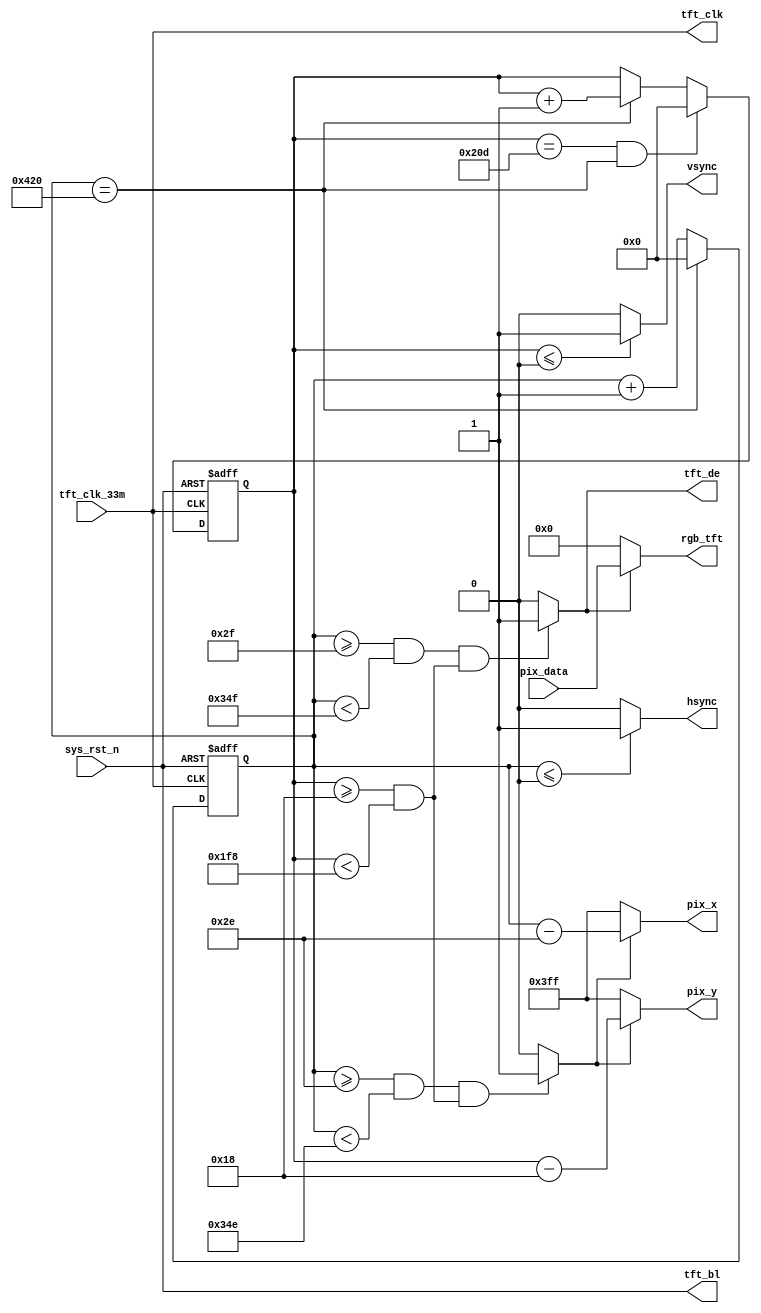
`timescale  1ns/1ns
////////////////////////////////////////////////////////////////////////
// Module Name   : tft_ctrl
// Project Name  : tft_char
// Target Devices: Altera EP4CE10F17C8N
// Tool Versions : Quartus 13.0
// Description   : TFT_LCD
// 
// Revision      : V1.0
// Additional Comments:
// 
// : _Pro_FPGA
//     : http://www.embedfire.com
//     : http://www.firebbs.cn
//     : https://fire-stm32.taobao.com
////////////////////////////////////////////////////////////////////////

module  tft_ctrl
(
    input   wire            tft_clk_33m  ,   //,33MHz
    input   wire            sys_rst_n   ,   //,
    input   wire    [15:0]  pix_data    ,   //

    output  wire    [10:0]   pix_x       ,   //TFTX
    output  wire    [10:0]   pix_y       ,   //TFTY
    output  wire    [15:0]  rgb_tft     ,   //TFT
    output  wire            hsync       ,   //TFT
    output  wire            vsync       ,   //TFT
    output  wire            tft_clk     ,   //TFT
    output  wire            tft_de      ,   //TFT
    output  wire            tft_bl          //TFT

);

//********************************************************************//
//****************** Parameter and Internal Signal *******************//
//********************************************************************//

//parameter define
parameter H_SYNC    =   11'd1    ,   //
          H_BACK    =   11'd46   ,   //
          H_VALID   =   11'd800  ,   //
          H_FRONT   =   11'd210  ,   //
          H_TOTAL   =   11'd1057 ;   //

parameter V_SYNC    =   11'd1    ,   //
          V_BACK    =   11'd23   ,   //
          V_VALID   =   11'd480  ,   //
          V_FRONT   =   11'd22   ,   //
          V_TOTAL   =   11'd526  ;   //

//wire  define
wire            rgb_valid       ;   //VGA
wire            pix_data_req    ;   //

//reg   define
reg     [10:0]   cnt_h   ;   //
reg     [10:0]   cnt_v   ;   //

//********************************************************************//
//***************************** Main Code ****************************//
//********************************************************************//

//tft_clk,tft_de,tft_blTFT
assign  tft_clk = tft_clk_33m    ;
assign  tft_de  = rgb_valid     ;
assign  tft_bl  = sys_rst_n     ;

//cnt_h:
always@(posedge tft_clk_33m or  negedge sys_rst_n)
    if(sys_rst_n == 1'b0)
        cnt_h   <=  11'd0   ;
    else    if(cnt_h == H_TOTAL - 1'd1)
        cnt_h   <=  11'd0   ;
    else
        cnt_h   <=  cnt_h + 1'd1   ;

//hsync:
assign  hsync = (cnt_h  <=  H_SYNC - 1'd1) ? 1'b1 : 1'b0  ;

//cnt_v:
always@(posedge tft_clk_33m or  negedge sys_rst_n)
    if(sys_rst_n == 1'b0)
        cnt_v   <=  11'd0 ;
    else    if((cnt_v == V_TOTAL - 1'd1) &&  (cnt_h == H_TOTAL-1'd1))
        cnt_v   <=  11'd0 ;
    else    if(cnt_h == H_TOTAL - 1'd1)
        cnt_v   <=  cnt_v + 1'd1 ;
    else
        cnt_v   <=  cnt_v ;

//vsync:
assign  vsync = (cnt_v  <=  V_SYNC - 1'd1) ? 1'b1 : 1'b0  ;

//rgb_valid:VGA
assign  rgb_valid = (((cnt_h >= H_SYNC + H_BACK)
                    && (cnt_h < H_SYNC + H_BACK + H_VALID))
                    &&((cnt_v >= V_SYNC + V_BACK)
                    && (cnt_v < V_SYNC + V_BACK + V_VALID)))
                    ? 1'b1 : 1'b0;

//pix_data_req:,rgb_valid
assign  pix_data_req = (((cnt_h >= H_SYNC + H_BACK - 1'b1)
                    && (cnt_h < H_SYNC + H_BACK + H_VALID - 1'b1))
                    &&((cnt_v >= V_SYNC + V_BACK)
                    && (cnt_v < V_SYNC + V_BACK + V_VALID)))
                    ? 1'b1 : 1'b0;

//pix_x,pix_y:VGA
assign  pix_x = (pix_data_req == 1'b1)
                ? (cnt_h - (H_SYNC + H_BACK - 1'b1)) : 11'h3ff;
assign  pix_y = (pix_data_req == 1'b1)
                ? (cnt_v - (V_SYNC + V_BACK )) : 11'h3ff;

//rgb_tft:
assign  rgb_tft = (rgb_valid == 1'b1) ? pix_data : 16'b0 ;

endmodule